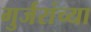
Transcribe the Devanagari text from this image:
गुर्जरांच्या